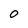
Character: O